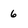
Character: 6